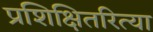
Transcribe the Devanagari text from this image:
प्रशिक्षितरित्या